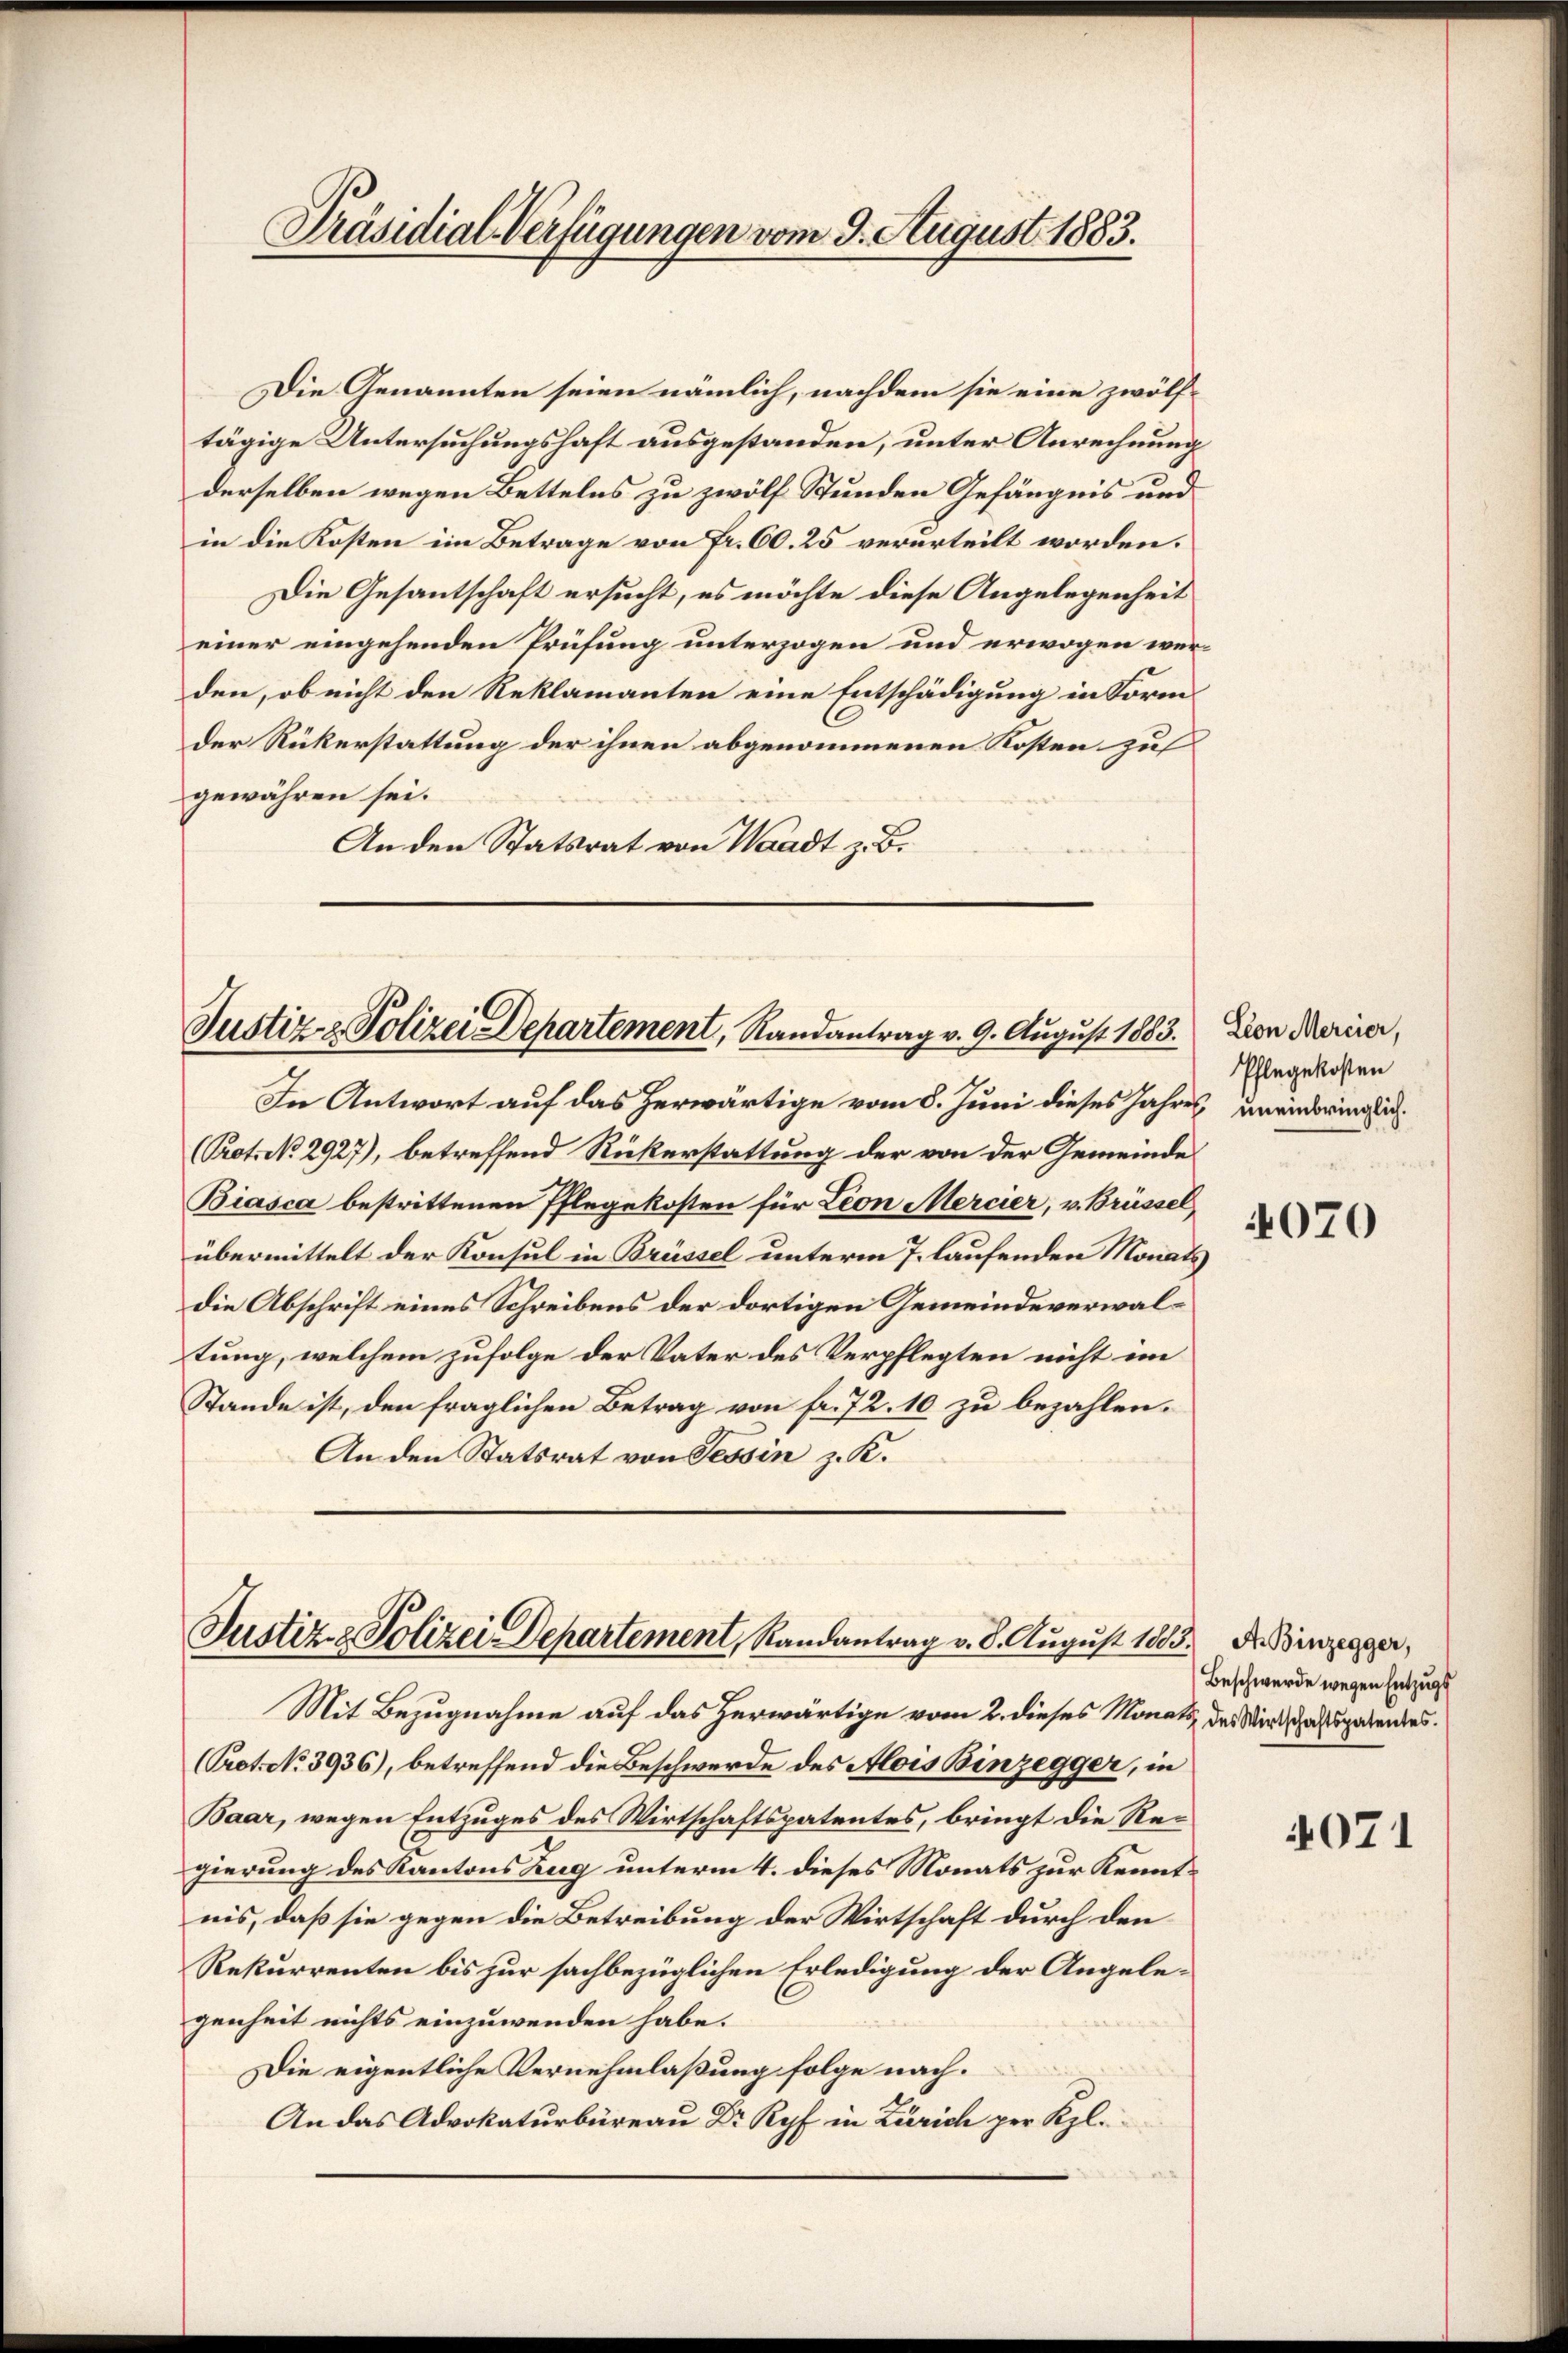
Präsidial-Verfügungen vom 9. August 1883.

Die Genannten seien nämlich, nachdem sie eine zwölftägige Untersuchungshaft ausgestanden, unter Anrechnung
derselben wegen Bettelns zu zwölf Stunden Gefängnis und
in die Kosten im Betrage von Fr. 60. 25 verurteilt worden.
Die Gesantschaft ersucht, es möchte diese Angelegenheit
einer eingehenden Prüfung unterzogen und erwogen werden, ob nicht den Reklamanten eine Entschädigung in Form
der Rükerstattung der ihnen abgenommenen Kosten zu
gewähren sei.
An den Statsrat von Waadt z. B.

Justiz & Polizei Departement, Randantrag v. 9. August 1883.

Justiz & Polizei Departement, Randantrag v. 8. August 1880

Mit Bezugnahme auf das Zerwärtige vom 2. dieses Monats des Wirtschaftspatentes.
(Pret. No. 3936), betreffend die Beschwerde des Alois Binzegger, in
Baar, wegen Entzuges des Wirtschaftspatentes, bringt die Regierung des Kantons Zug unterm 4. dieses Monats zur Kenntnis, daß sie gegen die Betreibung der Wirtschaft durch den
Rekurrenten bis zur sachbezüglichen Erledigung der Angelegenheit nichts einzuwenden habe.
Die eigentliche Vernehmlaßung folge nach.
An das Advokaturbüreau Dr Ryf in Zürich per Kl.

In Antwort auf das herwärtige vom 8. Juni dieses Jahres uneindringlich
(Prot. No 2927), betreffend Rückerstattung der von der Gemeinde
Biasca bestrittenen Pflegekosten für Lion Mercier, u. Brüssel,
übermittelt der Konsul in Brüssel unterm 7. laufenden Monats
Die Abschrift eines Schreibens der dortigen Gemeindeverwaltung, welchem zufolge der Vater des Verpflegten nicht im
Stande ist, den fraglichen Betrag von fr. 72. 10 zu bezahlen.
An den Statsrat von Tessin z. K.

Lion Mercier,
Pflegekosten

4070

3) A. Binzegger,
Beschwerde wegen Entzugs

4071